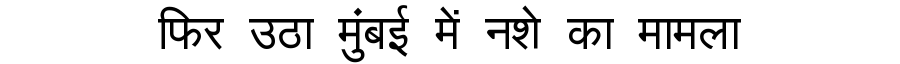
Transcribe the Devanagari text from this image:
फिर उठा मुंबई में नशे का मामला